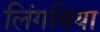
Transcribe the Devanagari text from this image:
लिंगबिया